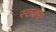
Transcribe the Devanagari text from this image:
स्तकर